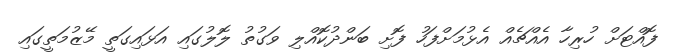
ފޮއްޓަށް ހުރިހާ އެއްޗެއް އެޅުމަށްފަހު ފޮށި ބަންދުކޮއްލި ވަގުތު ލޮލުގައި އަޅައިގަތީ މޭޒުމަތީގައި